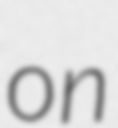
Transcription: on